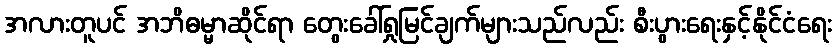
အလားတူပင် အဘိဓမ္မာဆိုင်ရာ တွေးခေါ်ရှုမြင်ချက်များသည်လည်း စီးပွားရေးနှင့်နိုင်ငံရေး